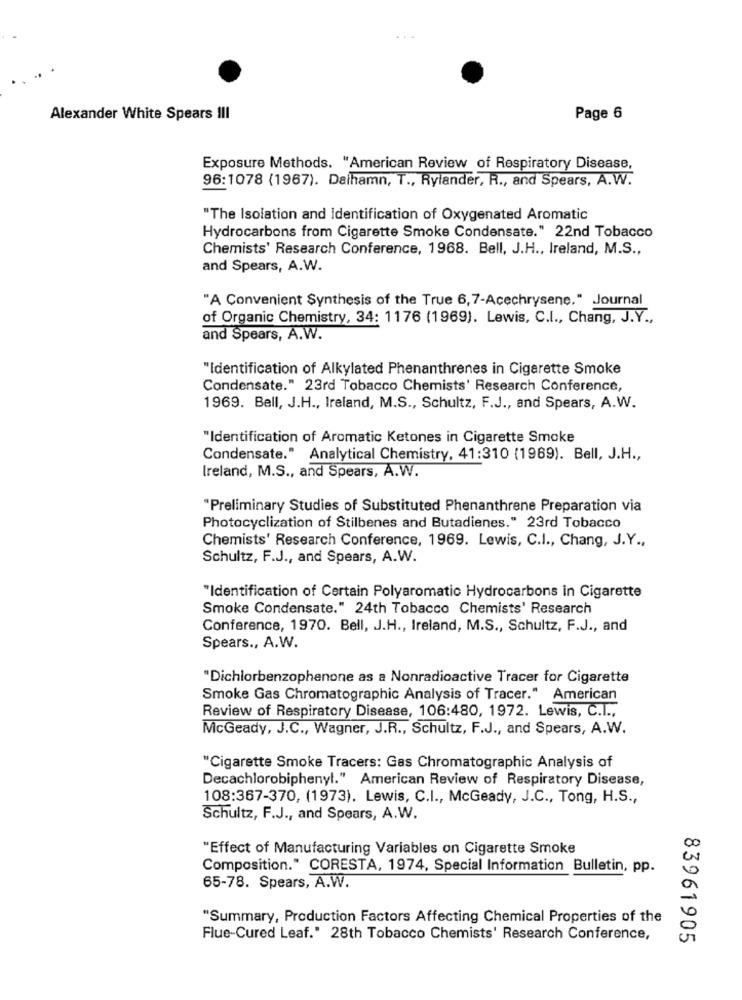
Alexander White Spears III
Page 6
Exposure Methods. "American Review of Respiratory Disease,
96:1078 (1967). Daihamn, T ., Rylander, R ., and Spears, A.W.
"The Isolation and Identification of Oxygenated Aromatic
Hydrocarbons from Cigarette Smoke Condensate." 22nd Tobacco
Chemists' Research Conference, 1968. Bell, J.H ., Ireland, M.S .,
and Spears, A.W.
"A Convenient Synthesis of the True 6,7-Acechrysene." Journal
of Organic Chemistry, 34: 1176 (1969). Lewis, C.I ., Chang, J.Y .,
and Spears, A.W.
"Identification of Alkylated Phenanthrenes in Cigarette Smoke
Condensate." 23rd Tobacco Chemists' Research Conference,
1969. Bell, J.H ., Ireland, M.S ., Schultz, F.J ., and Spears, A.W.
"Identification of Aromatic Ketones in Cigarette Smoke
Condensate." Analytical Chemistry, 41:310 (1969). Bell, J.H .,
Ireland, M.S ., and Spears, A.W.
"Preliminary Studies of Substituted Phenanthrene Preparation via
Photocyclization of Stilbenes and Butadienes." 23rd Tobacco
Chemists' Research Conference, 1969. Lewis, C.I ., Chang, J.Y .,
Schultz, F.J ., and Spears, A.W.
"Identification of Certain Polyaromatic Hydrocarbons in Cigarette
Smoke Condensate." 24th Tobacco Chemists' Research
Conference, 1970. Bell, J.H ., Ireland, M.S ., Schultz, F.J ., and
Spears ., A.W.
"Dichlorbenzophenone as a Nonradioactive Tracer for Cigarette
Smoke Gas Chromatographic Analysis of Tracer." American
Review of Respiratory Disease, 106:480, 1972. Lewis, C.I .,
McGeady, J.C ., Wagner, J.R ., Schultz, F.J ., and Spears, A.W.
"Cigarette Smoke Tracers: Gas Chromatographic Analysis of
Decachlorobiphenyl." American Review of Respiratory Disease,
108:367-370, (1973). Lewis, C.I ., McGeady, J.C ., Tong, H.S .,
Schultz, F.J ., and Spears, A.W.
"Effect of Manufacturing Variables on Cigarette Smoke
Composition." CORESTA, 1974, Special Information Bulletin, pp.
65-78. Spears, A.W.
"Summary, Production Factors Affecting Chemical Properties of the
Flue-Cured Leaf." 28th Tobacco Chemists' Research Conference,
83961905